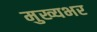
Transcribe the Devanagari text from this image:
मुख्यभर